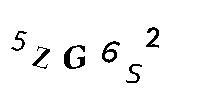
5ZG6S2